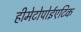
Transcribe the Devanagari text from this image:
हीमेटोपोईएटिक